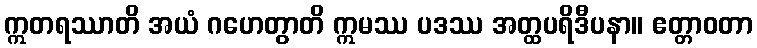
ဣတရဿာတိ အယံ ဂဟေတွာတိ ဣမဿ ပဒဿ အတ္ထပရိဒီပနာ။ ဧတ္တာဝတာ